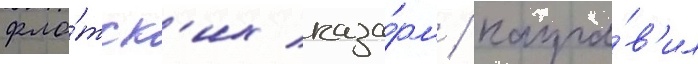
фло́тск'их каза́рм / напра́в'ил